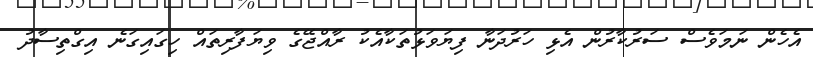
އެހެން ނަމަވެސް ސަރުކާރުން އެޅި ހަރުދަނާ ފިޔަވަޅުތަކާއެކު ރާއްޖޭގެ ވިޔަފާރިތައް ހިގައިގަނެ އިގްތިސާދު